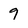
Character: 9